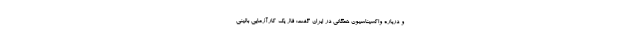
و درباره واکسیناسیون همگانی در ایران گفت: فاز یک کارآزمایی بالینی